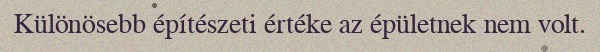
Különösebb építészeti értéke az épületnek nem volt.